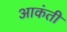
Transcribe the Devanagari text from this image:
आकंती